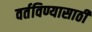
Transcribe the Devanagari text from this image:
वर्तविण्यासाठी